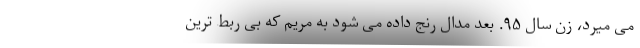
می میرد، زن سال ۹۵. بعد مدال رنج داده می شود به مریم که بی ربط ترین